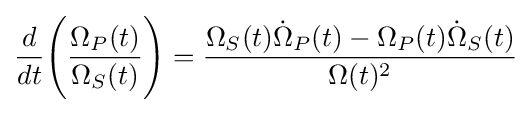
{\frac {d}{dt}}{\Bigg (}{\frac {\Omega _{P}(t)}{\Omega _{S}(t)}}{\Bigg )}={\frac {\Omega _{S}(t){\dot {\Omega }}_{P}(t)-\Omega _{P}(t){\dot {\Omega }}_{S}(t)}{\Omega (t)^{2}}}